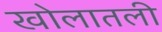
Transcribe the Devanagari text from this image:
खोलातली